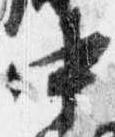
中